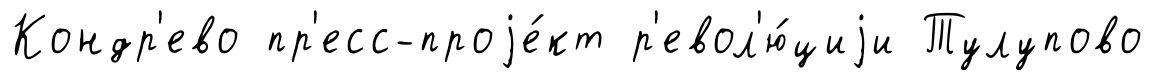
Кондр'ево пр'есс-проjе́кт р'евол'ю́циjи Тулупово